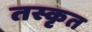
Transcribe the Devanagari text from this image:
तस्कृत